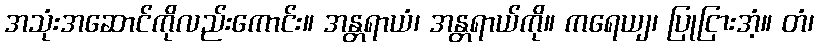
အသုံးအဆောင်ကိုလည်းကောင်း။ အန္တရာယံ၊ အန္တရာယ်ကို။ ကရေယျ၊ ပြုငြားအံ့။ တံ၊